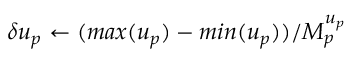
\delta u _ { p } \gets ( m a x ( u _ { p } ) - m i n ( u _ { p } ) ) / M _ { p } ^ { u _ { p } }